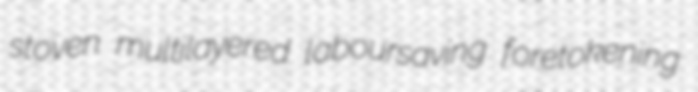
stoven multilayered laboursaving foretokening